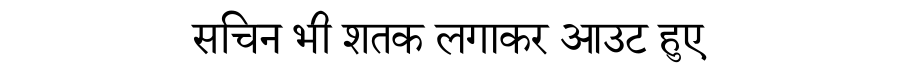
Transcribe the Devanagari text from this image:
सचिन भी शतक लगाकर आउट हुए